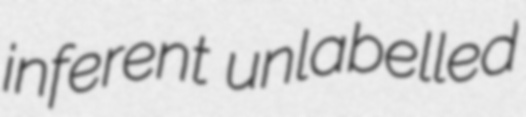
inferent unlabelled